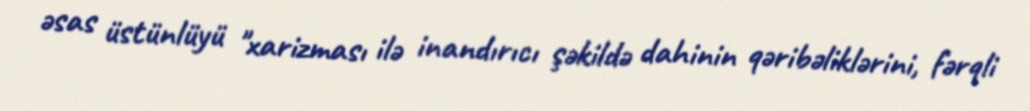
əsas üstünlüyü "xarizması ilə inandırıcı şəkildə dahinin qəribəliklərini, fərqli